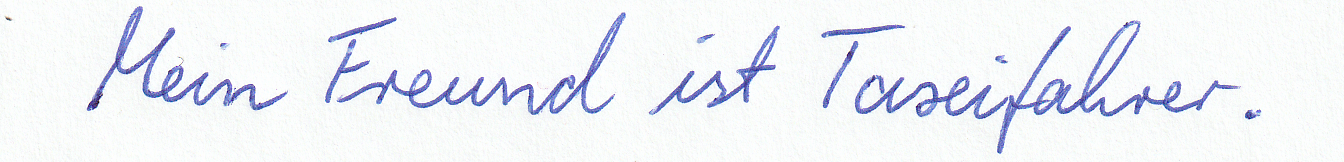
Mein Freund ist Taxifahrer.